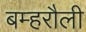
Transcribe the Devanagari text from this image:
बम्हरौली